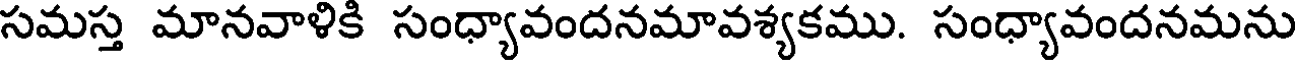
సమస్త మానవాళికి సంధ్యావందనమావశ్యకము. సంధ్యావందనమను